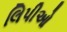
લિપીઓ